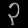
Digit: ၃